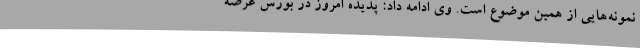
نمونه‌هایی از همین موضوع است. وی ادامه داد: پدیده امروز در بورس عرضه